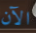
الآن